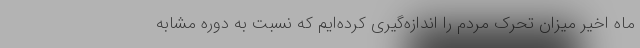
ماه اخیر میزان تحرک مردم را اندازه‌گیری کرده‌ایم که نسبت به دوره مشابه